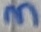
Text: 3